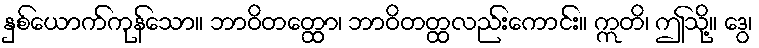
နှစ်ယောက်ကုန်သော။ ဘာဝိတတ္ထော၊ ဘာဝိတတ္ထလည်းကောင်း။ ဣတိ၊ ဤသို့။ ဒွေ၊